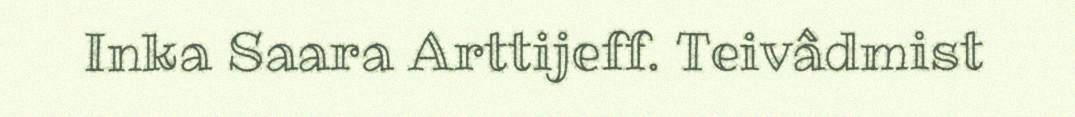
Inka Saara Arttijeff. Teivâdmist